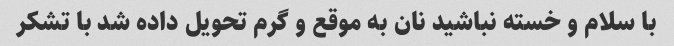
با سلام و خسته نباشید نان به موقع و گرم تحویل داده شد با تشکر